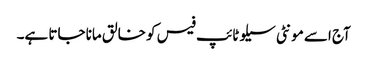
آج اسے مونٹی سیلو ٹائپ فیس کو خالق مانا جاتا ہے۔